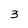
Character: 3